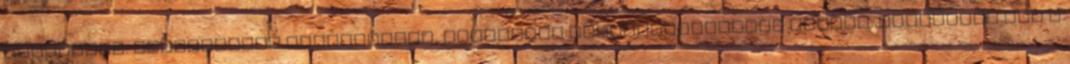
gyógyulás. Spirituális nézőpontból, ilyesféle megállapodásokat köttök: „Vállalom ezt a